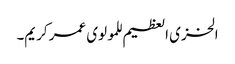
الخزی العظیم للمولوی عمر کریم۔